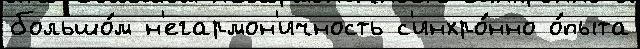
большо́м н'егармон'ичность с'инхро́нно о́пыта